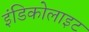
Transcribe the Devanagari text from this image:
इंडिकोलाइट